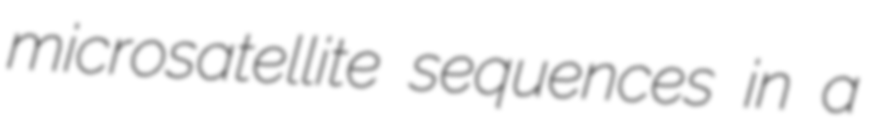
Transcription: microsatellite sequences in a